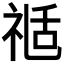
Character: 𥚇